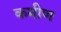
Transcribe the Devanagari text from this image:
कमीण